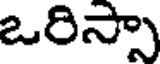
ఒరిస్సా